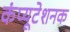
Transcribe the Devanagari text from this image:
कंप्यूटेशनक